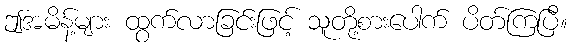
ဤအမိန့်များ ထွက်လာခြင်းဖြင့် သူတို့စားပေါက် ပိတ်ကြပြီ။